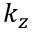
k _ { z }